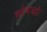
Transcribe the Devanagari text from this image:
चोभचोः